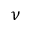
\nu